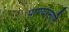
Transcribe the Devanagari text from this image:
पाण्यासाठि